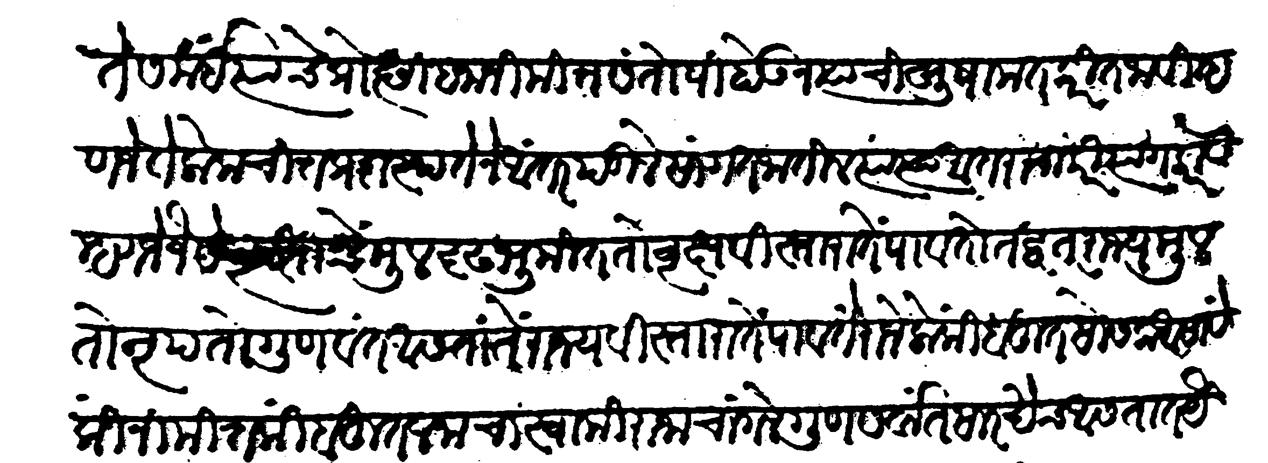
Transliteration (Devanagari): वरते समयीं त्यांचे प्रोत्साहनानिमित्त संतोषी होऊन त्यांची सुषामत करीत जाती म्हणजे ते लोक चित्तप्रशस्ततेने अंतर पडीले सांगत जातील त्या त्या अंतराचा परित्याग करावा म्हणजे जैसे वृक्षाचें मूळ दृढ भूमींत तो वृक्ष विस्ताराते पावतो तद्वत् राज्यमुळ तो नृप तो गुणवंत असतां ते राज्य विस्ताराते पावतें राजेलोकीं बहुत सोसक असावे किन्निमित्त की बहुत जनांचा स्वामी राजा चांगले गुण सर्वात सारखेच आसतात यैसें